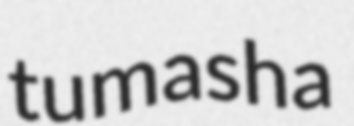
tumasha